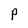
Character: p